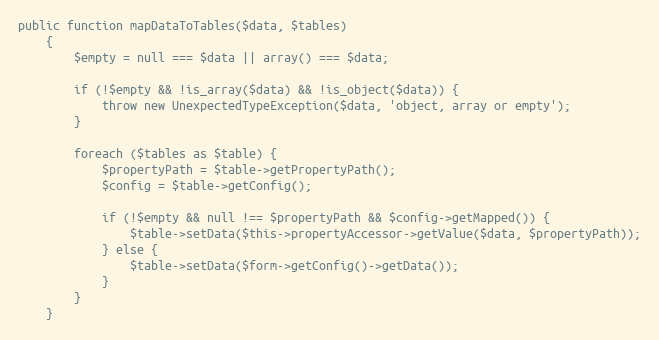
Language: PHP
public function mapDataToTables($data, $tables)
    {
        $empty = null === $data || array() === $data;

        if (!$empty && !is_array($data) && !is_object($data)) {
            throw new UnexpectedTypeException($data, 'object, array or empty');
        }

        foreach ($tables as $table) {
            $propertyPath = $table->getPropertyPath();
            $config = $table->getConfig();

            if (!$empty && null !== $propertyPath && $config->getMapped()) {
                $table->setData($this->propertyAccessor->getValue($data, $propertyPath));
            } else {
                $table->setData($form->getConfig()->getData());
            }
        }
    }